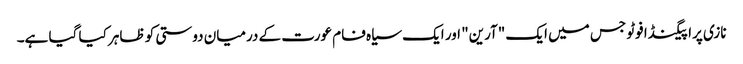
نازی پراپیگنڈا فوٹو جس میں ایک "آرین" اور ایک سیاہ فام عورت کے درمیان دوستی کو ظاہر کیا گیا ہے۔